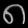
Digit: ၈